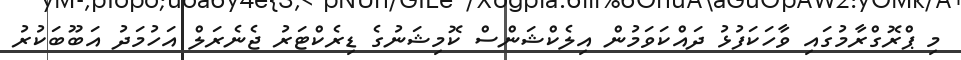
މި ޕްރޮގްރާމުގައި ވާހަކަފުޅު ދައްކަވަމުން އިލެކްޝަންސް ކޮމިޝަނުގެ ޑިރެކްޓަރު ޖެނެރަލް އަހުމަދު އަބޫބަކުރު